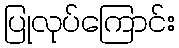
ပြုလုပ်ကြောင်း